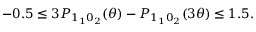
\begin{array} { r } { - 0 . 5 \leq 3 P _ { 1 _ { 1 } 0 _ { 2 } } ( \theta ) - P _ { 1 _ { 1 } 0 _ { 2 } } ( 3 \theta ) \leq 1 . 5 . } \end{array}